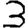
Digit: 3